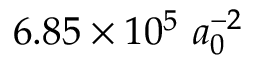
6 . 8 5 \times 1 0 ^ { 5 } \ a _ { 0 } ^ { - 2 }